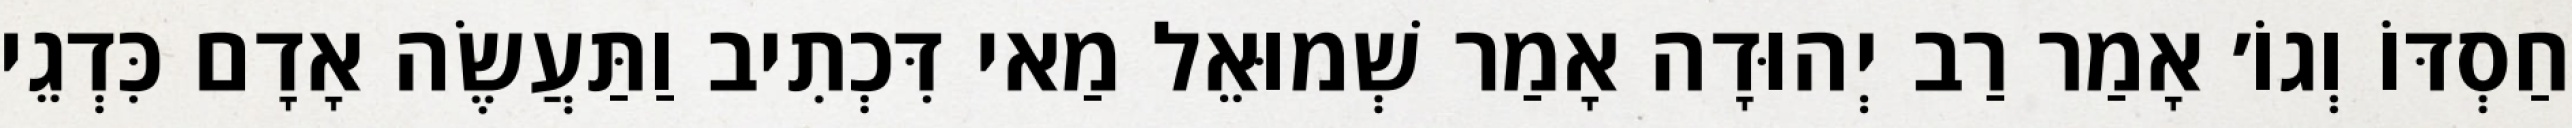
חַסְדּוֹ וְגוֹ׳ אָמַר רַב יְהוּדָה אָמַר שְׁמוּאֵל מַאי דִּכְתִיב וַתַּעֲשֶׂה אָדָם כִּדְגֵי